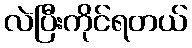
လဲပြီးကိုင်ရတယ်